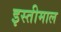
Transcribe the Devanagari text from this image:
इस्तीमाल